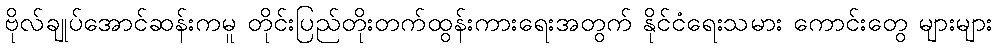
ဗိုလ်ချုပ်အောင်ဆန်းကမူ တိုင်းပြည်တိုးတက်ထွန်းကားရေးအတွက် နိုင်ငံရေးသမား ကောင်းတွေ များများ